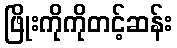
ဖြိုးကိုကိုတင့်ဆန်း